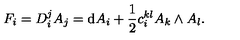
F _ { i } = D _ { i } ^ { j } A _ { j } = \mathrm { d } A _ { i } + \frac { 1 } { 2 } c _ { i } ^ { k l } A _ { k } \wedge A _ { l } .